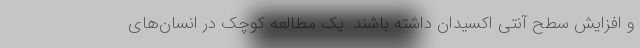
و افزایش سطح آنتی اکسیدان داشته باشند. یک مطالعه کوچک در انسان‌های